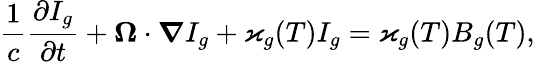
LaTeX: \frac{1}{c}\frac{\partial I_{g}}{\partial t}+\boldsymbol{\Omega}\cdot\boldsymbol{\nabla}I_{g}+\varkappa_{g}(T)I_{g}=\varkappa_{g}(T)B_{g}(T),